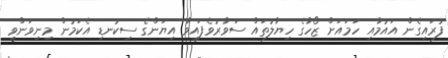
ފުރައިގެން އައުމާއި ހަމައަށް ޒޯހާގެ ހިޔާލުތައް ސަވާރުވެފައިވާ އިޔަންގެ ސިކުނޑި އެކަމުން މިނިވަންވީ